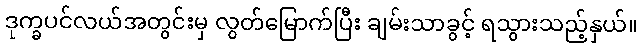
ဒုက္ခပင်လယ်အတွင်းမှ လွတ်မြောက်ပြီး ချမ်းသာခွင့် ရသွားသည့်နှယ်။